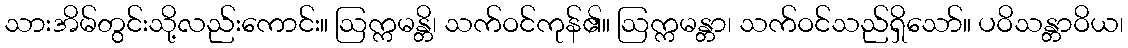
သားအိမ်တွင်းသို့လည်းကောင်း။ ဩက္ကမန္တိ၊ သက်ဝင်ကုန်၏။ ဩက္ကမန္တာ၊ သက်ဝင်သည်ရှိသော်။ ပဝိသန္တာဝိယ၊